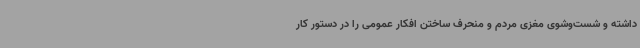
داشته و شست‌وشوی مغزی مردم و منحرف ساختن افکار عمومی را در دستور کار